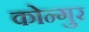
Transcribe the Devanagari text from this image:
कोन्गुर